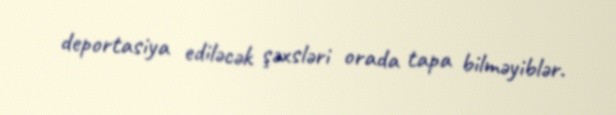
deportasiya ediləcək şəxsləri orada tapa bilməyiblər.